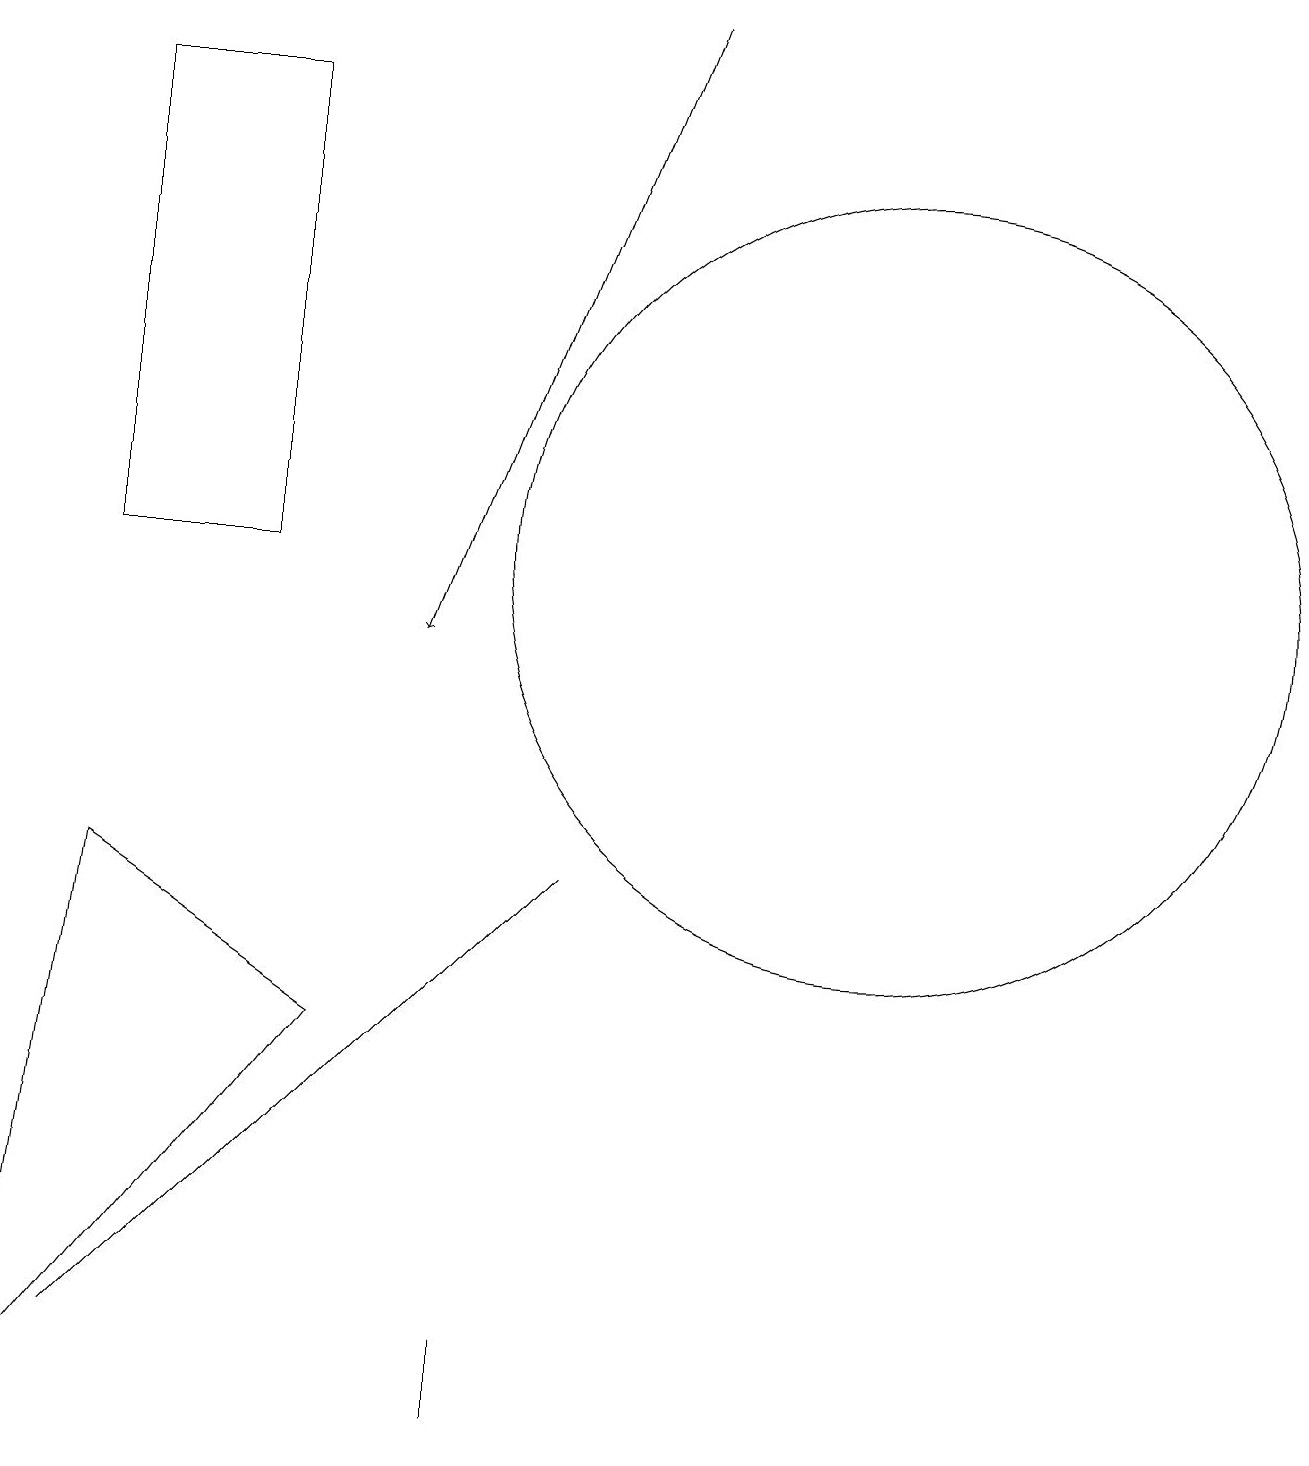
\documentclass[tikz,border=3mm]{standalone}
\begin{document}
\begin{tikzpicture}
\draw (1,19) rectangle (0,19);
\draw[->] (8,19) -- (5,11);
\draw (11,12) circle (5);
\draw (6,2) -- (6,2) -- (6,1) -- cycle;
\draw (1,12) rectangle (3,18);
\draw (0,1) -- (4,6) -- (1,8) -- cycle;
\draw (1,2) -- (7,8) -- (6,7) -- cycle;
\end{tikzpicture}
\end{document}